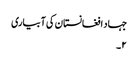
جہاد افغانستان کی آبیاری
۲۔